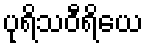
ပုရိသဝီရိယေ